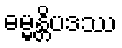
ဓမ္မန္တိပဒဿ